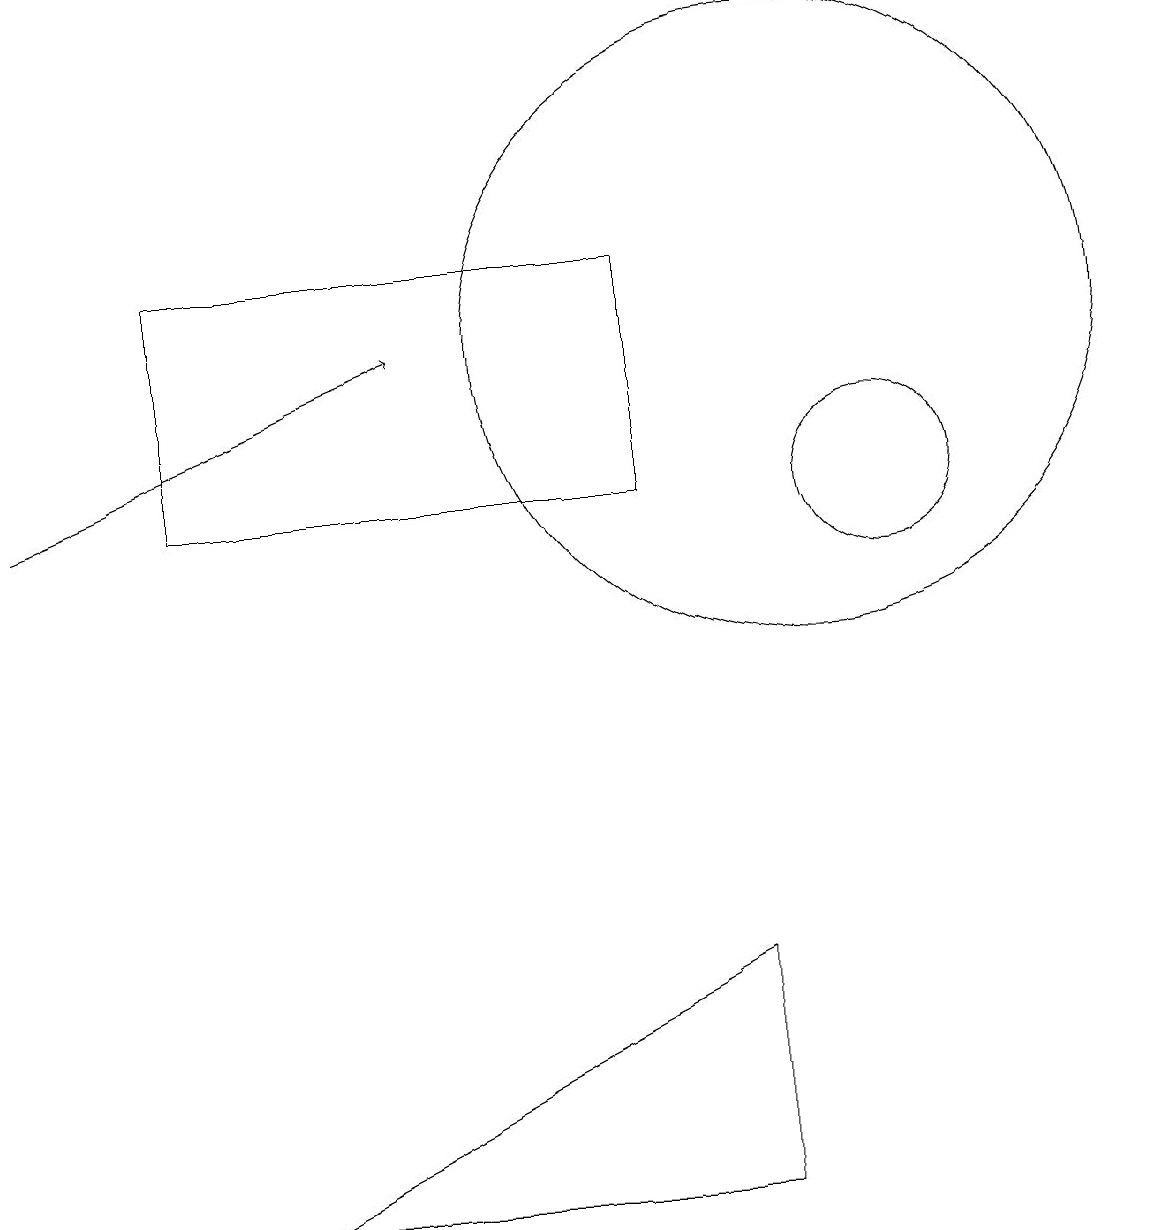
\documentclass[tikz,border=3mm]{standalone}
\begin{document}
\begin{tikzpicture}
\draw (11,10) circle (1);
\draw (10,12) circle (4);
\draw (8,13) rectangle (2,10);
\draw (9,4) -- (3,1) -- (9,1) -- cycle;
\draw[->] (0,10) -- (5,12);
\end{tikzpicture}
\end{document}